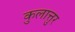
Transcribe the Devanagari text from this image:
कुलात्तुर